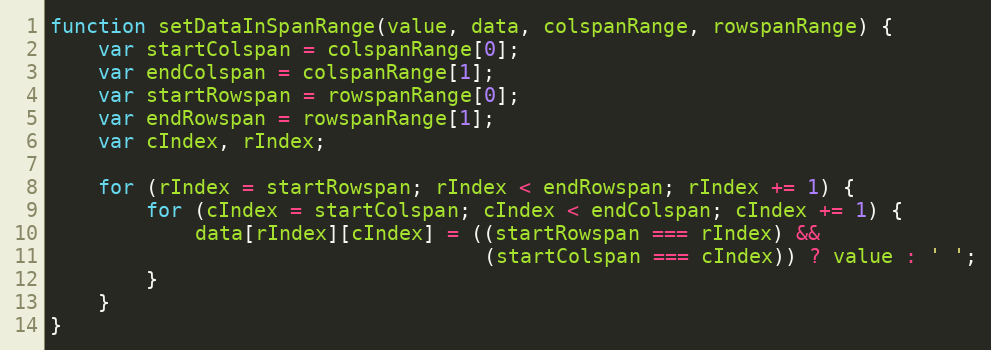
Language: JavaScript
function setDataInSpanRange(value, data, colspanRange, rowspanRange) {
    var startColspan = colspanRange[0];
    var endColspan = colspanRange[1];
    var startRowspan = rowspanRange[0];
    var endRowspan = rowspanRange[1];
    var cIndex, rIndex;

    for (rIndex = startRowspan; rIndex < endRowspan; rIndex += 1) {
        for (cIndex = startColspan; cIndex < endColspan; cIndex += 1) {
            data[rIndex][cIndex] = ((startRowspan === rIndex) &&
                                    (startColspan === cIndex)) ? value : ' ';
        }
    }
}